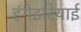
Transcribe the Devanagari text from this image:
हंगेइरियाई